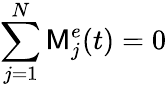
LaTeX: \sum_{j=1}^{N}\mathsf{M}_{j}^{e}(t)=0